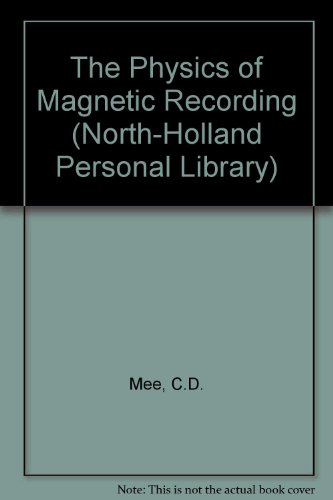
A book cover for The Physics of Magnetic Recording (North-Holland Personal Library); C.D. Mee; Crafts, Hobbies & Home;